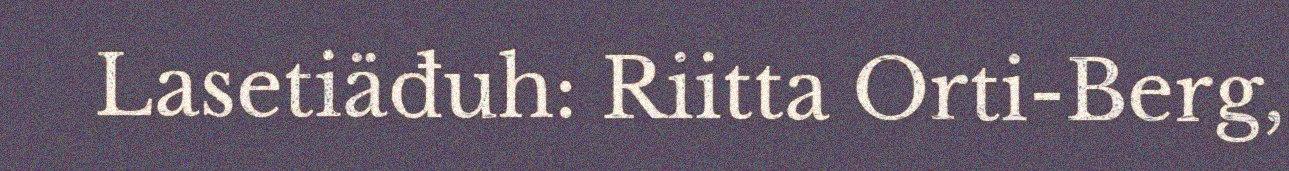
Lasetiäđuh: Riitta Orti-Berg,